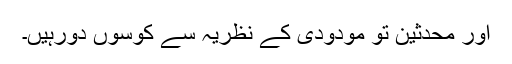
اور محدثین تو مودودی کے نظریہ سے کوسوں دورہیں۔